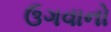
ઉગવાનો